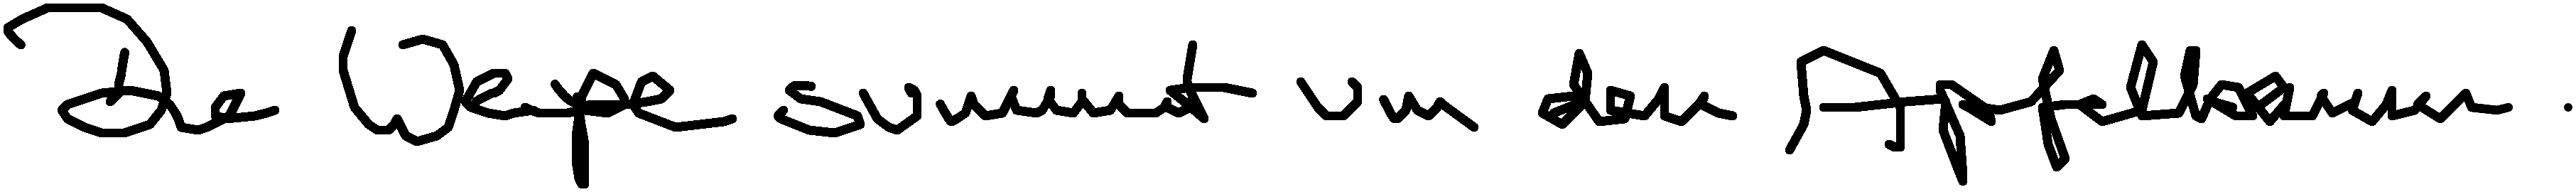
Die Wespe summt um den Apfelbaum.